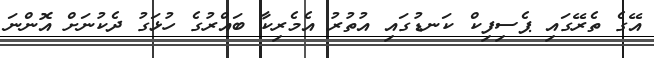
އޭގެ ތެރޭގައި ޕެސިފިކް ކަނޑުގައި އުތުރު އެމެރިކާ ބައްރުގެ ހުޅަގު ދެކުނަށް އޮންނަ